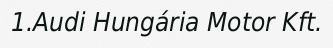
1.Audi Hungária Motor Kft.